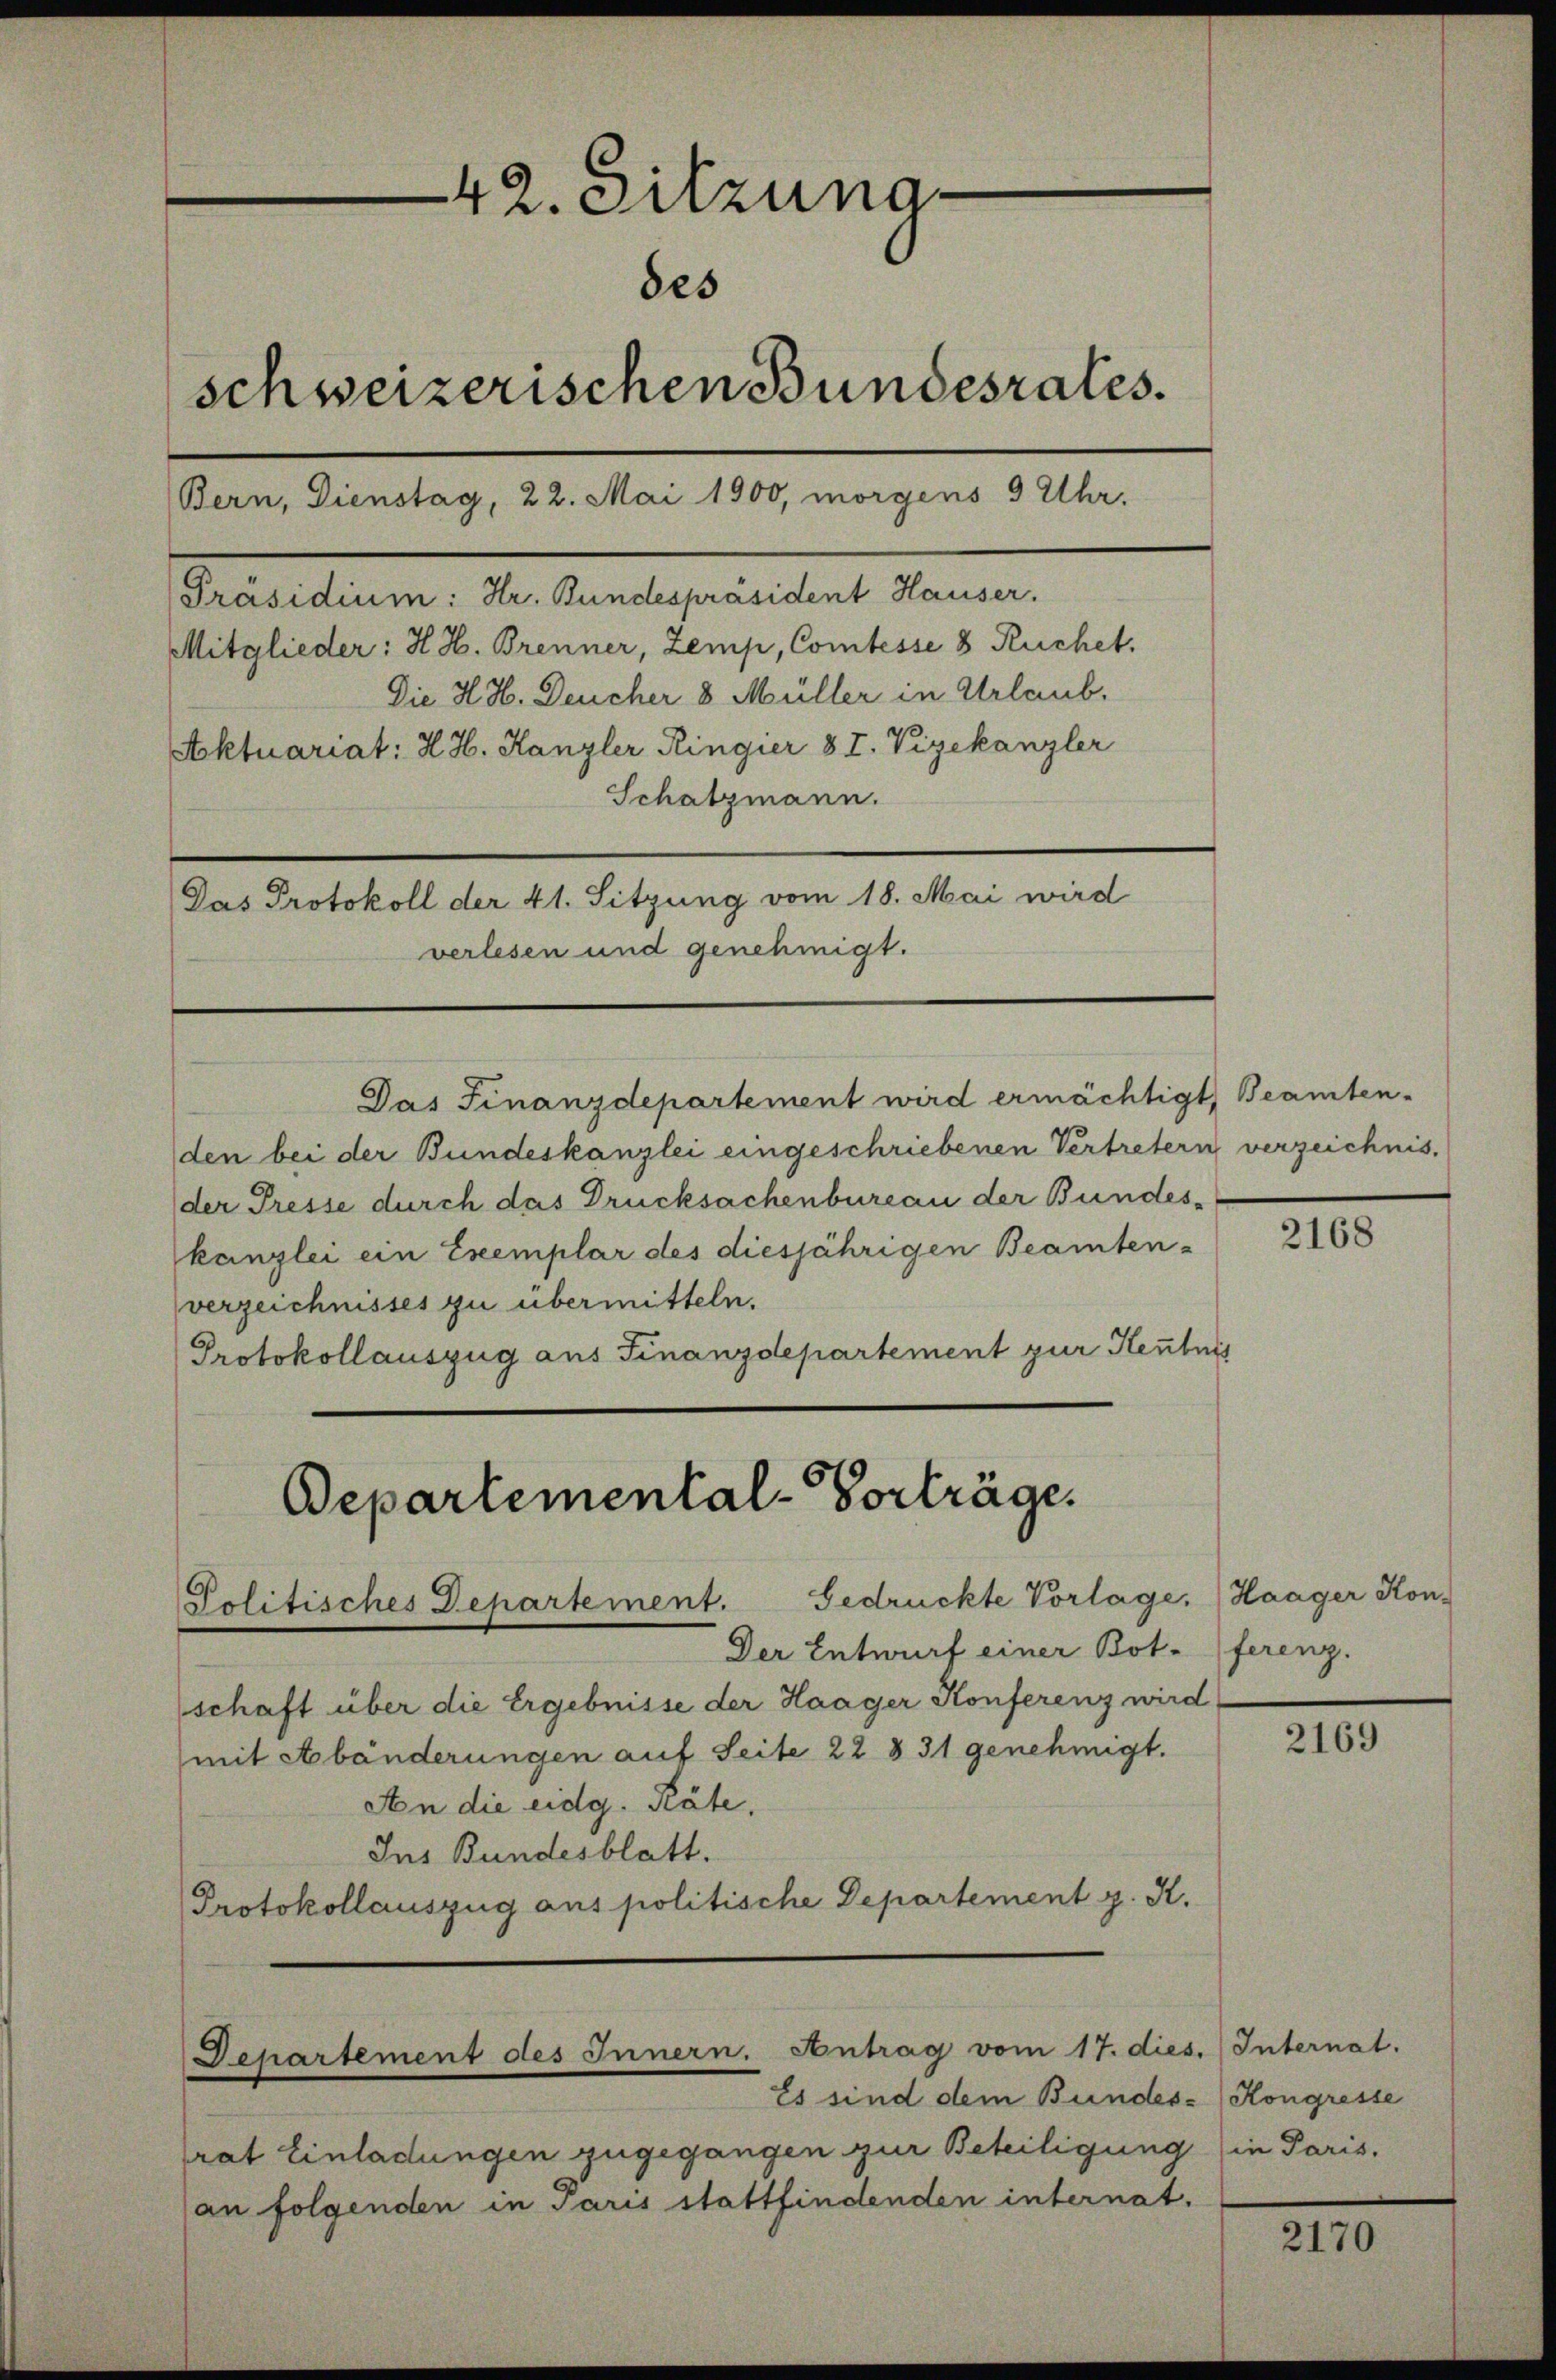
42. Sitzunades
schweizerischen Bundesrates.
Bern, Dienstag, 22. Mai 1900, morgens 9 Uhr.
Präsidium: Hr. Bundespräsident Hauser.
Mitglieder: H. H. Brenner, Zemp, Comtesse 8 Ruchet.
Die H. H. Deucher 8 Müller in Urlaub.

Aktuariat: H. H. Kanzler Ringier 8 T. Vizekanzler
Schatzmann.
Das Protokoll der 41. Sitzung vom 18. Mai wird
verlesen und genehmigt.

Politisches Departement. Gedrückte Vorlage. Haager Kon-

Das Finanzdepartement wird ermächtigt, Beamten-
den bei der Bundeskanzlei eingeschriebenen Vertretern verzeichnis.
der Presse durch das Drucksachenbureau der Bundeskanzlei ein Exemplar des diesjährigen Beamten-
verzeichnisses zu übermitteln.
Protokollauszug aus Finanzdepartement zur Kentnis
Departemental-Vorträge.

Der Entwurf einer Botschaft über die Ergebnisse der Haager Konferenz wird
mit Abänderungen auf Seite 22 § 31 genehmigt.
An die eidg. Räte,
Ins Bundesblatt.
Protokollauszug aus politische Departement z. K.

Departement des Innern. Antrag vom 17. dies. Internat.
Es sind dem Bundes- Kongresse

trat Einladungen zugegangen zur Beteiligung (in Paris.
an folgenden in Paris stattfindenden internat.

2168

ferenz.

2169

2170